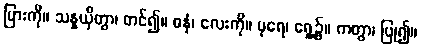
မြားကို။ သန္နယှိတွာ၊ တင်၍။ ဓနုံ၊ လေးကို။ ပုရေ၊ ရှေ့၌။ ကတွာ၊ ပြု၍။